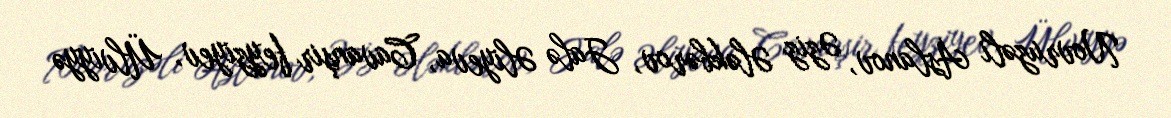
Novruzəli Aslanov, Əziz Ələkbərov, Jalə Əliyeva, Cavanşir feyziyev, Ülviyyə